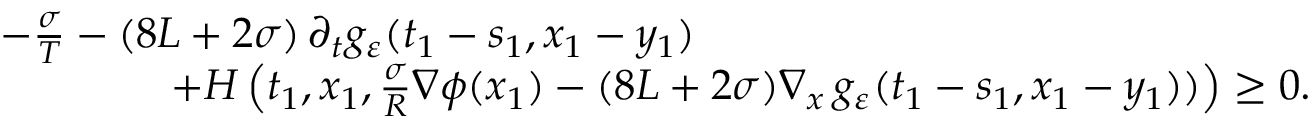
\begin{array} { r l } & { - \frac { \sigma } { T } - ( 8 L + 2 { \sigma } ) \, \partial _ { t } g _ { \varepsilon } ( t _ { 1 } - s _ { 1 } , x _ { 1 } - y _ { 1 } ) } \\ & { \qquad \qquad + H \left( t _ { 1 } , x _ { 1 } , \frac \sigma { R } \nabla \phi ( x _ { 1 } ) - ( 8 L + 2 \sigma ) \nabla _ { x } \, g _ { \varepsilon } ( t _ { 1 } - s _ { 1 } , x _ { 1 } - y _ { 1 } ) ) \right) \geq 0 . } \end{array}